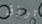
ترزق